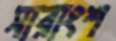
সারাংশ